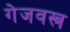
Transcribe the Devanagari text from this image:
गेजवस्त्र